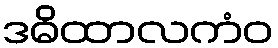
ဒဓိထာလကံဝ